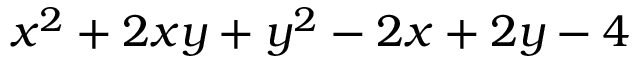
x ^ { 2 } + 2 x y + y ^ { 2 } - 2 x + 2 y - 4